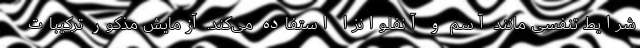
شرایط تنفسی مانند آسم و آنفلوانزا استفاده می‌کند. آزمایش مذکور ترکیبات